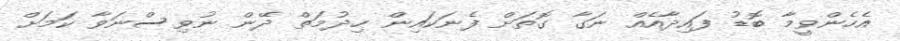
އެހެންވީމާ ބޮޑު ފައިދާއެއް ނަގާ ގޮތަށް ފެނަކައިން ހިދުމަތް ދޭން ނުވިސްނަވާ ކަމަށް